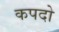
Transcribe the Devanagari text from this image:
कपदो